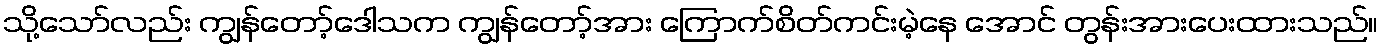
သို့သော်လည်း ကျွန်တော့်ဒေါသက ကျွန်တော့်အား ကြောက်စိတ်ကင်းမဲ့နေ အောင် တွန်းအားပေးထားသည်။